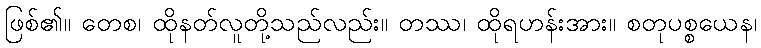
ဖြစ်၏။ တေစ၊ ထိုနတ်လူတို့သည်လည်း။ တဿ၊ ထိုရဟန်းအား။ စတုပစ္စယေန၊